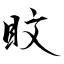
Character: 盿